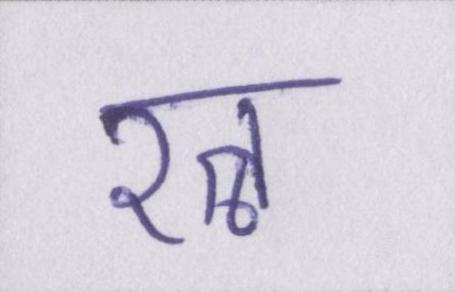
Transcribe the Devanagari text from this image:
रत्न